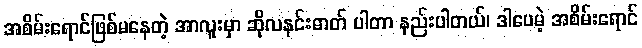
အစိမ်းရောင်ဖြစ်မနေတဲ့ အာလူးမှာ ဆိုလနင်းဓာတ် ပါတာ နည်းပါတယ်၊ ဒါပေမဲ့ အစိမ်းရောင်